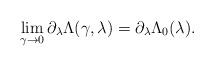
LaTeX: \begin{align*}\lim_{\gamma\to 0} \partial_\lambda\Lambda(\gamma,\lambda) = \partial_\lambda \Lambda_0(\lambda).\end{align*}